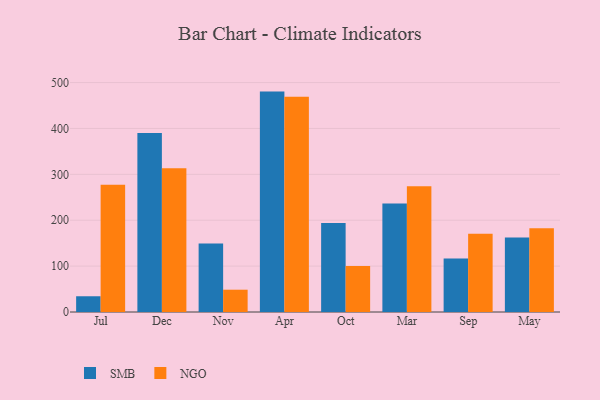
{"axis": {"x": "Month", "y": "Energy Usage (MWh)"}, "legend": ["NGO", "SMB"], "data": [{"x": "Jul", "y": 34.3, "type": "SMB"}, {"x": "Jul", "y": 277.1, "type": "NGO"}, {"x": "Dec", "y": 390.3, "type": "SMB"}, {"x": "Dec", "y": 313.3, "type": "NGO"}, {"x": "Nov", "y": 149.1, "type": "SMB"}, {"x": "Nov", "y": 48.6, "type": "NGO"}, {"x": "Apr", "y": 480.3, "type": "SMB"}, {"x": "Apr", "y": 469.3, "type": "NGO"}, {"x": "Oct", "y": 193.9, "type": "SMB"}, {"x": "Oct", "y": 100.4, "type": "NGO"}, {"x": "Mar", "y": 236.3, "type": "SMB"}, {"x": "Mar", "y": 273.9, "type": "NGO"}, {"x": "Sep", "y": 116.6, "type": "SMB"}, {"x": "Sep", "y": 170.5, "type": "NGO"}, {"x": "May", "y": 162.3, "type": "SMB"}, {"x": "May", "y": 182.5, "type": "NGO"}]}